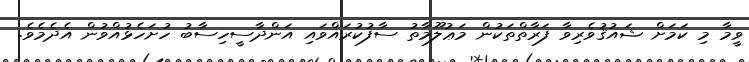
ވީމާ މި ކަމަށް ޝައުޤުވެރިވާ ފަރާތްތަކުން މަޢުލޫމާތު ސާފުކުރައްވައި އަންދާސީހިސާބު ހުށަހެޅުއްވުން އެދެމެވެ.